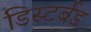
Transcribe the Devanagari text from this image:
डिस्टर्बड